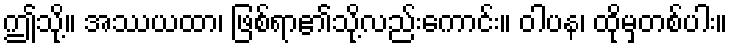
ဤသို့။ အဿယထာ၊ ဖြစ်ရာ၏သို့လည်းကောင်း။ ဝါပန၊ ထိုမှတစ်ပါး။